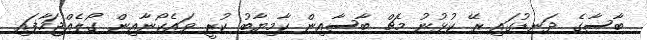
ބާސާގެ ދަނޑުގައި ރޭ ކުޅުނު މެޗް ބާސާއިން ކާމިޔާބު ކުރީ ވައެކޯނާއިން ގޯލެއްޖަހާފައި